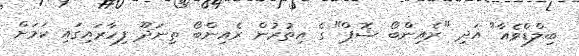
ބިލްޑްވެއާ" އަދި "ރެއިންބޯ ޝޮޕް" ގެ އިތުރުން ރެއިންބޯ ތިނަދޫ ފިހާރައިގައި ކަމަށް